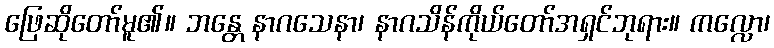
ဖြေဆိုတော်မူ၏။ ဘန္တေ နာဂသေနာ၊ နာဂသိန်ကိုယ်တော်အရှင်ဘုရား။ ကလ္လော၊